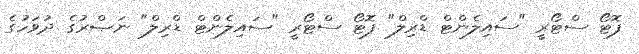
ފޮޓޯ ސްޓޯރީ "ސައިލެންޓް ޑްރިލް" ފޮޓޯ ސްޓޯރީ "ސައިލެންޓް ޑްރިލް" ނަޞްރުގެ ދުވަހުގެ